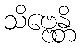
သိဗ္ဗေန္တိ